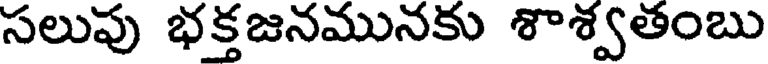
సలుపు భక్తజనమునకు శాశ్వతంబు